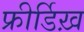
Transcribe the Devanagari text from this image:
फ्रीर्डिख़